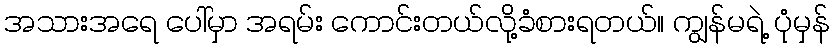
အသားအရေ ပေါ်မှာ အရမ်း ကောင်းတယ်လို့ခံစားရတယ်။ ကျွန်မရဲ့ ပုံမှန်